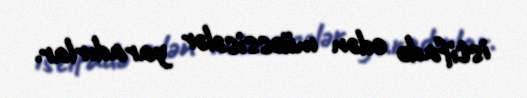
istifadə edən müəssisələr yaradırlar.